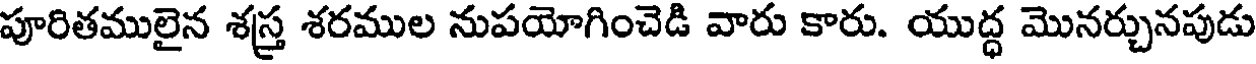
పూరితములైన శస్త్ర శరముల నుపయోగించెడి వారు కారు. యుద్ధ మొనర్చునపుడు